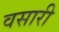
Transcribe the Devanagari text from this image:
वसारी